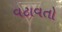
વટાવતો